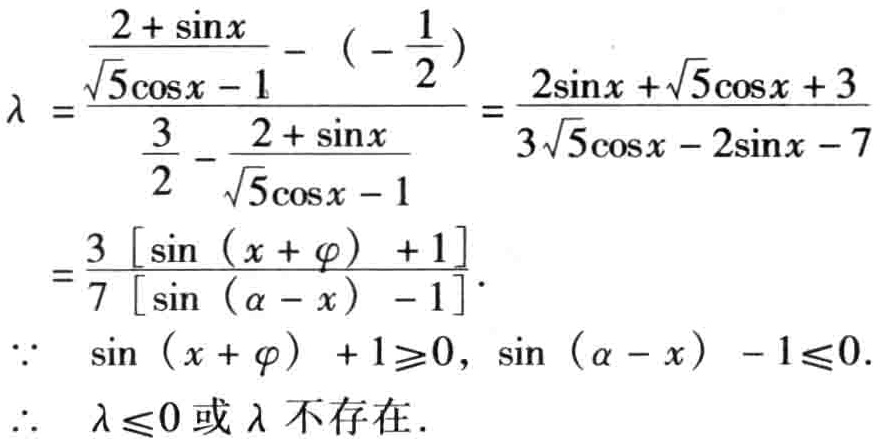
\[\begin{align*}

\lambda&=\frac{\frac{2 + \sin x}{\sqrt{5}\cos x - 1}-(-\frac{1}{2})}{\frac{3}{2}-\frac{2 + \sin x}{\sqrt{5}\cos x - 1}}=\frac{2\sin x+\sqrt{5}\cos x + 3}{3\sqrt{5}\cos x - 2\sin x - 7}\\

&=\frac{3\left[\sin\left(x + \varphi\right)+1\right]}{7\left[\sin\left(\alpha - x\right)-1\right]}.\\

\because&\sin\left(x + \varphi\right)+1\geq0,\sin\left(\alpha - x\right)-1\leq0.\\

\therefore&\lambda\leq0\text{ 或 }\lambda\text{ 不存在}.

\end{align*}\]